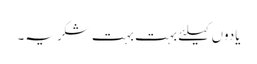
یادوں کیلئے بہت بہت شکریہ۔